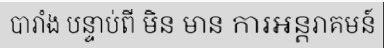
បារាំង បន្ទាប់ពី មិន មាន ការអន្តរាគមន៍